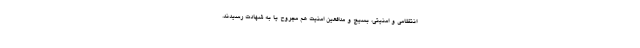
انتظامی و امنیتی، بسیج و مدافعین امنیت هم مجروح یا به شهادت رسیدند.